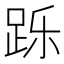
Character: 跞